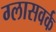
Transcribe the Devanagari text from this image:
ग्लासवर्क